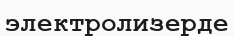
электролизерде